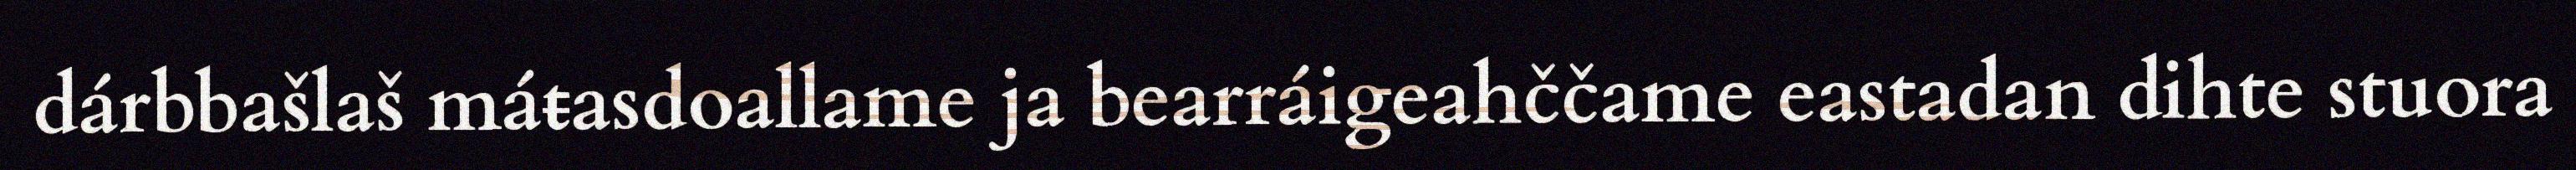
dárbbašlaš máŧasdoallame ja bearráigeahččame eastadan dihte stuora